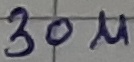
Text: 30µ